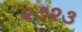
૨૭૨૩